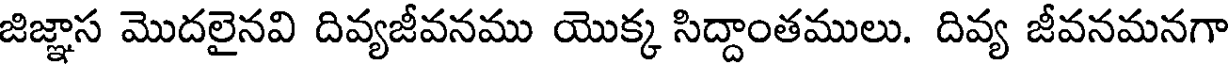
జిజ్ఞాస మొదలైనవి దివ్యజీవనము యొక్క సిద్దాంతములు. దివ్య జీవనమనగా